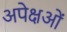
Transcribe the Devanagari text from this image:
अपेक्षओं